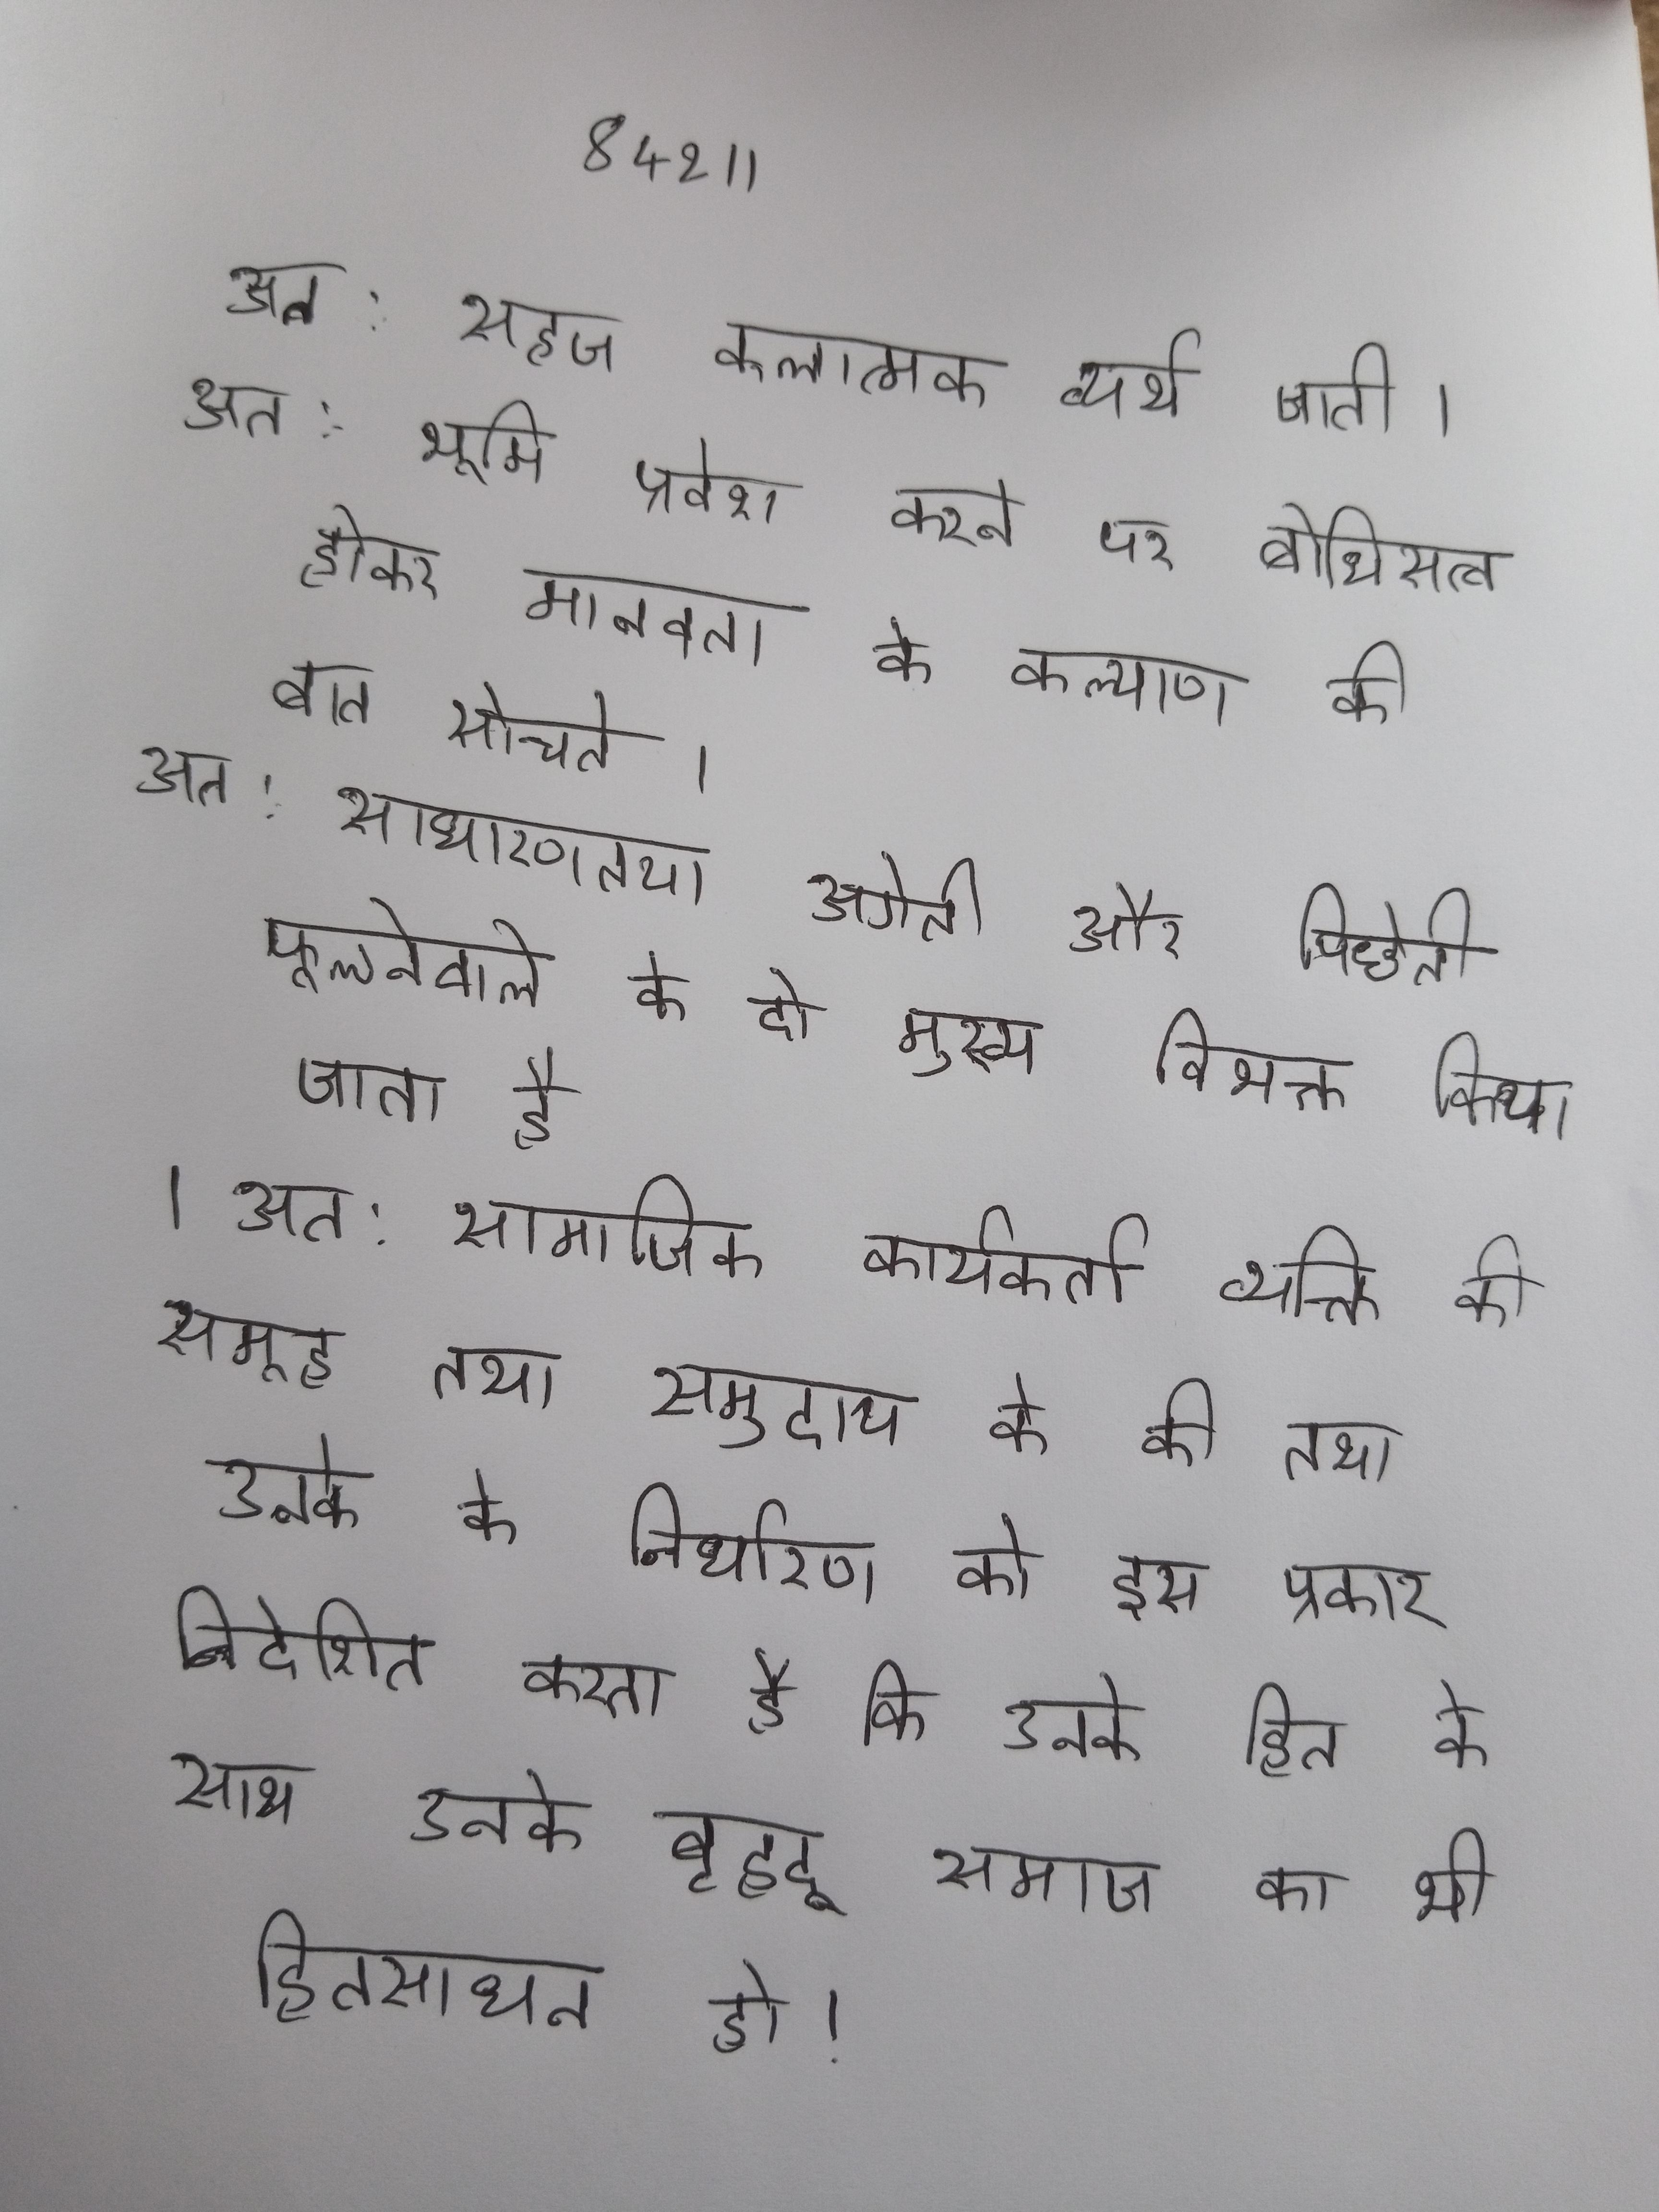
अत: सहज कलात्मक व्यर्थ जाती । अत: भूमि प्रवेश करने पर बोधिसत्व होकर मानवता के कल्याण की बात सोचते । अत: साधारणतया अगेती और पिछेती फूलनेवाले के दो मुख्य विभक्त किया जाता है । अत: सामाजिक कार्यकर्ता व्यक्ति की समूह तथा समुदाय के की तथा उनके के निर्धारण को इस प्रकार निदेशित करता है कि उनके हित के साथ उनके बृहद् समाज का भी हितसाधन हो ।